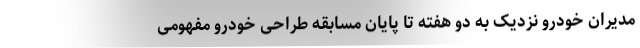
مدیران خودرو نزدیک به دو هفته تا پایان مسابقه طراحی خودرو مفهومی